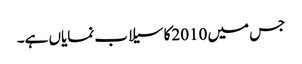
جس میں 2010کا سیلاب نمایاں ہے۔